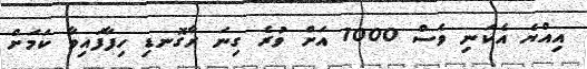
އިއްޔެ އެކަނި ވެސް 1000 އަށް ވުރެ ގިނަ ރާގޮނޑި ހިފާފައިވާ ކަމަށް